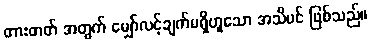
တားတတ် အတွက် မျှော်လင့်ချက်မရှိဟူသော အသိပင် ဖြစ်သည်။